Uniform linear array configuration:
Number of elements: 12
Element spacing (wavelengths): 1
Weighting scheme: kaiser
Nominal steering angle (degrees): -60
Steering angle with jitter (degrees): -60.352
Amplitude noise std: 0.05
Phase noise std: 0.05

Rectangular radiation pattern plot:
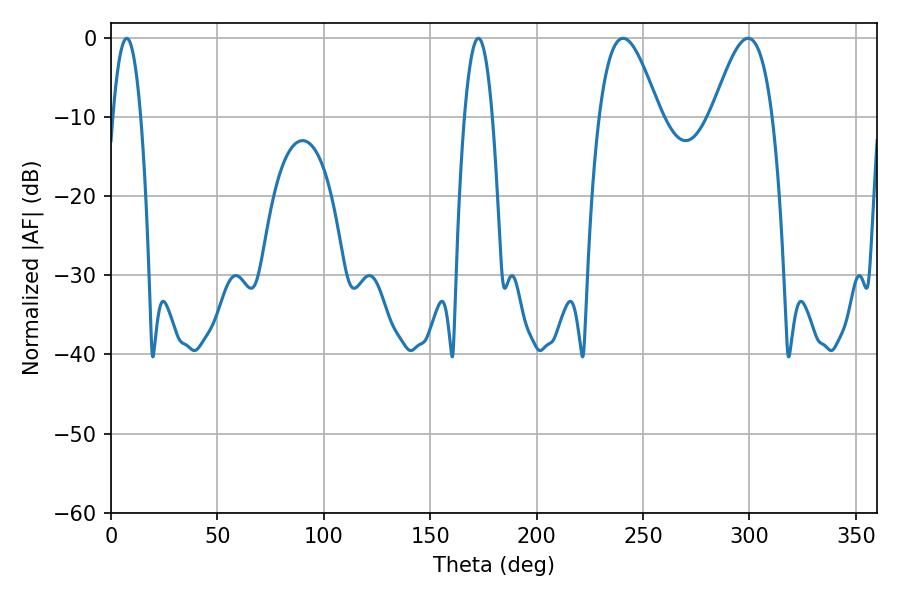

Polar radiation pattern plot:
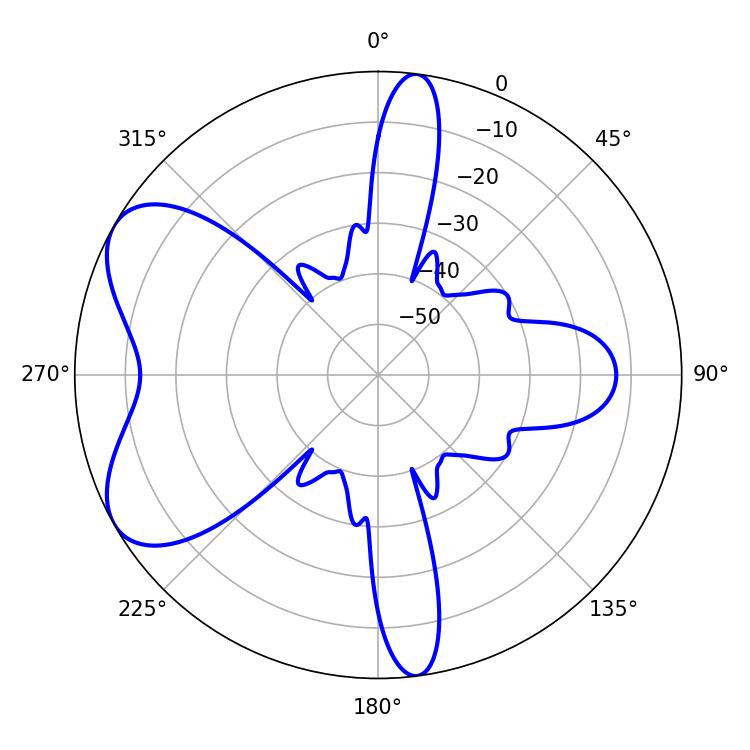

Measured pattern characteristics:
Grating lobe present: TRUE
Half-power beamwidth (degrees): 7.2
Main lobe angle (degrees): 7.38